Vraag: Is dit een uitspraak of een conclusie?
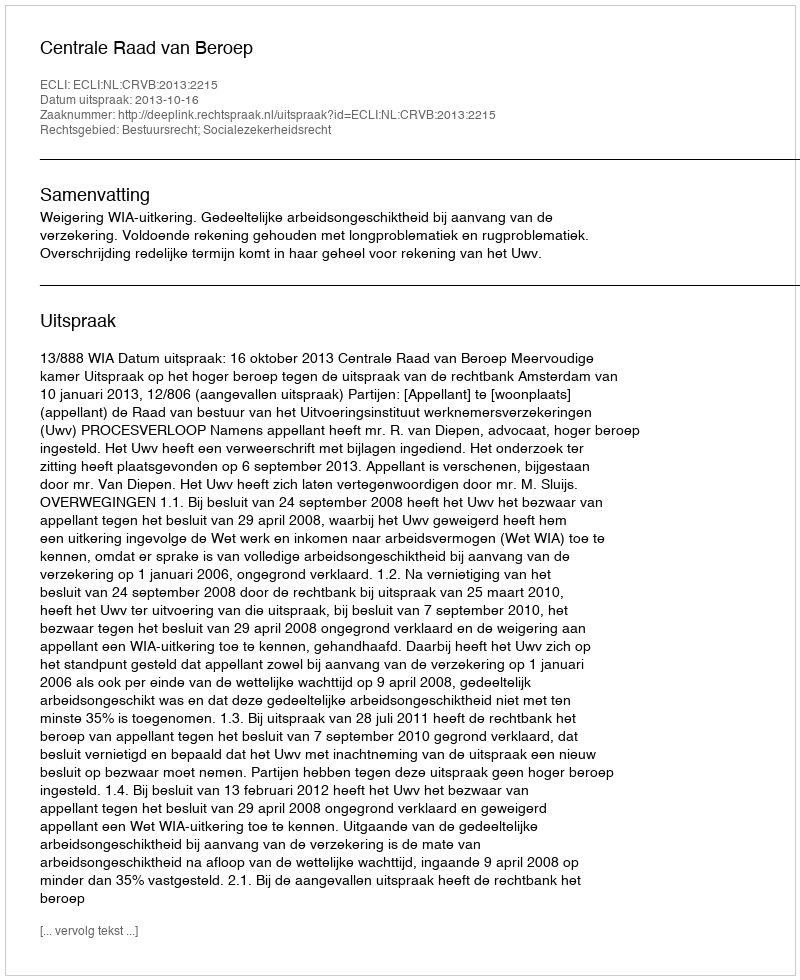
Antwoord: Uitspraak